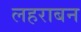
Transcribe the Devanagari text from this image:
लहराबन